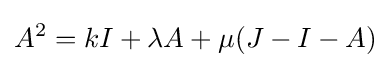
A^{2}=kI+\lambda {A}+\mu (J-I-A)